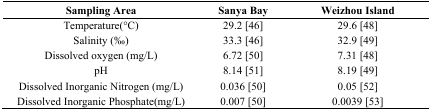
| Sampling Area | Sanya Bay | Weizhou Island |
 | --- | --- | --- |
 | Temperature(°C) | 29.2 [46] | 29.6 [48] |
 | Salinity (‰) | 33.3 [46] | 32.9 [49] |
 | Dissolved oxygen (mg/L) | 6.72 [50] | 7.31 [48] |
 | pH | 8.14 [51] | 8.19 [49] |
 | Dissolved Inorganic Nitrogen (mg/L) | 0.036 [50] | 0.05 [52] |
 | Dissolved Inorganic Phosphate(mg/L) | 0.007 [50] | 0.0039 [53] |